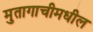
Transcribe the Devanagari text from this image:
मुतागाचीमधील